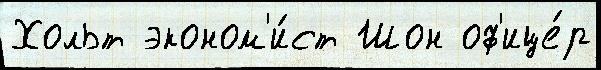
Хольт эконом'и́ст Шон оф'ице́р